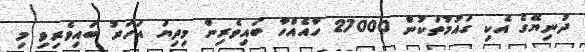
ދުނިޔޭގެ އެކި ގައުމުތަކުން 27000 ހާއެއްހާ ބައިވެރިން މިދިޔަ އަހަރު ބައިވެރިވި މި